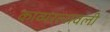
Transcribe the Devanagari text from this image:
काव्यरत्‍नावली